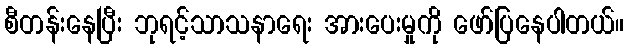
စီတန်းနေပြီး ဘုရင့်သာသနာရေး အားပေးမှုကို ဖော်ပြနေပါတယ်။